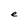
Character: e